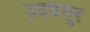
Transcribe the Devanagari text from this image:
उदयथूर